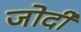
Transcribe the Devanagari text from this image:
जोर्दी